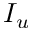
I _ { u }